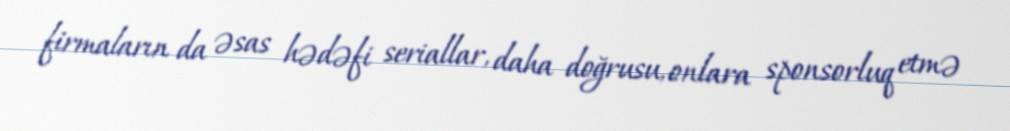
firmaların da əsas hədəfi seriallar, daha doğrusu, onlara sponsorluq etmə